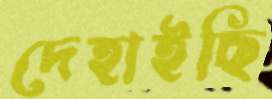
দেহাইছি